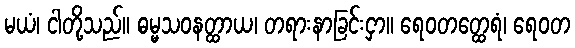
မယံ၊ ငါတို့သည်။ ဓမ္မသဝနတ္ထာယ၊ တရားနာခြင်းငှာ။ ရေဝတတ္ထေရံ၊ ရေဝတ